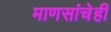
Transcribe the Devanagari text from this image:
माणसांचेही